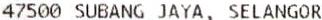
47500 SUBANG JAYA, SELANGOR